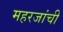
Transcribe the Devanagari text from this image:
महरजांची